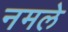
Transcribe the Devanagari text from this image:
नमले